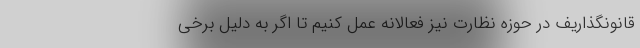
قانونگذاریف در حوزه نظارت نیز فعالانه عمل کنیم تا اگر به دلیل برخی